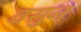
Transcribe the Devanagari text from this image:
वसुन